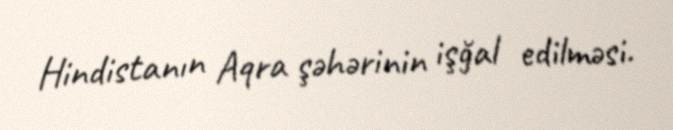
Hindistanın Aqra şəhərinin işğal edilməsi.